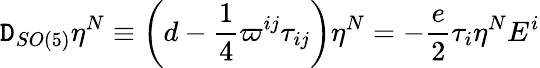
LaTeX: \mathtt{D}_{SO(5)}\eta^{N}\equiv\left(d-\frac{{1}}{{4}}\varpi^{ij}\tau_{ij}\right)\eta^{N}=-\frac{{e}}{{2}}\tau_{i}\eta^{N}E^{i}